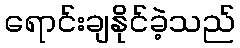
ရောင်းချနိုင်ခဲ့သည်